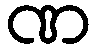
ဏ